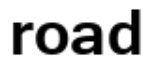
road